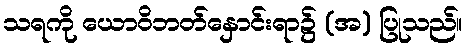
သရကို ယောဝိဘတ်နှောင်းရာ၌ (အ) ပြုသည်။